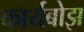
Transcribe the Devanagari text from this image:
कार्यबोझ